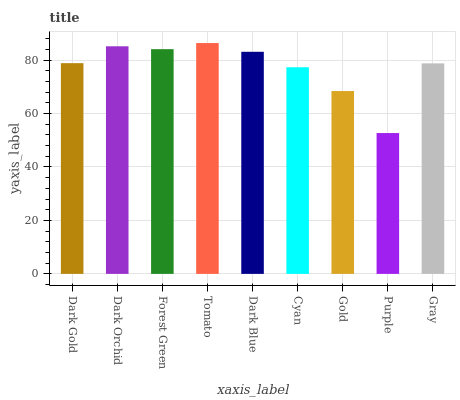
| xaxis_label | bars |
 | --- | --- |
 | Dark Gold | 78.8 |
 | Dark Orchid | 85.2 |
 | Forest Green | 84.1 |
 | Tomato | 86.4 |
 | Dark Blue | 83.1 |
 | Cyan | 77.3 |
 | Gold | 68.4 |
 | Purple | 52.7 |
 | Gray | 78.8 |